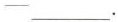
—___.